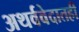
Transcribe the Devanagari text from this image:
अथर्ववेदातही